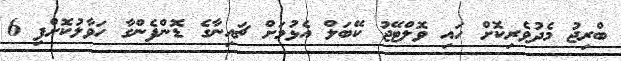
ބްރިޖު މެދުވެރިކޮށް ހައި ވޮލްޓޭޖު ކޭބަލް އެޅުމަށް ޗައިނާގެ ޑޮންފެންގާ ހަވާލުކޮށްފި 6